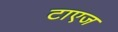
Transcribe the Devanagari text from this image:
टाएज